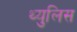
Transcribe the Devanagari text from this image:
थ्युलिस